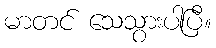
မာတင် သေသွားပါပြီ။